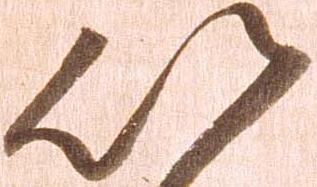
以